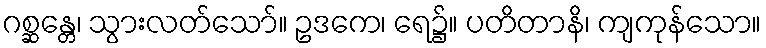
ဂစ္ဆန္တေ၊ သွားလတ်သော်။ ဥဒကေ၊ ရေ၌။ ပတိတာနိ၊ ကျကုန်သော။